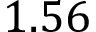
1 . 5 6